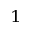
_ 1